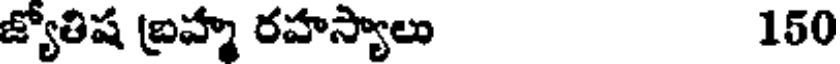
జ్యోతిష బ్రహ్మ రహస్యాలు 150